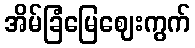
အိမ်ခြံမြေဈေးကွက်